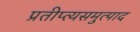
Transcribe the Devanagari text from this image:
प्रतीप्त्यसमुत्पाद